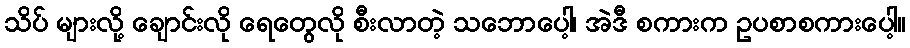
သိပ် များလို့ ချောင်းလို ရေတွေလို စီးလာတဲ့ သဘောပေါ့၊ အဲဒီ စကားက ဥပစာစကားပေါ့။